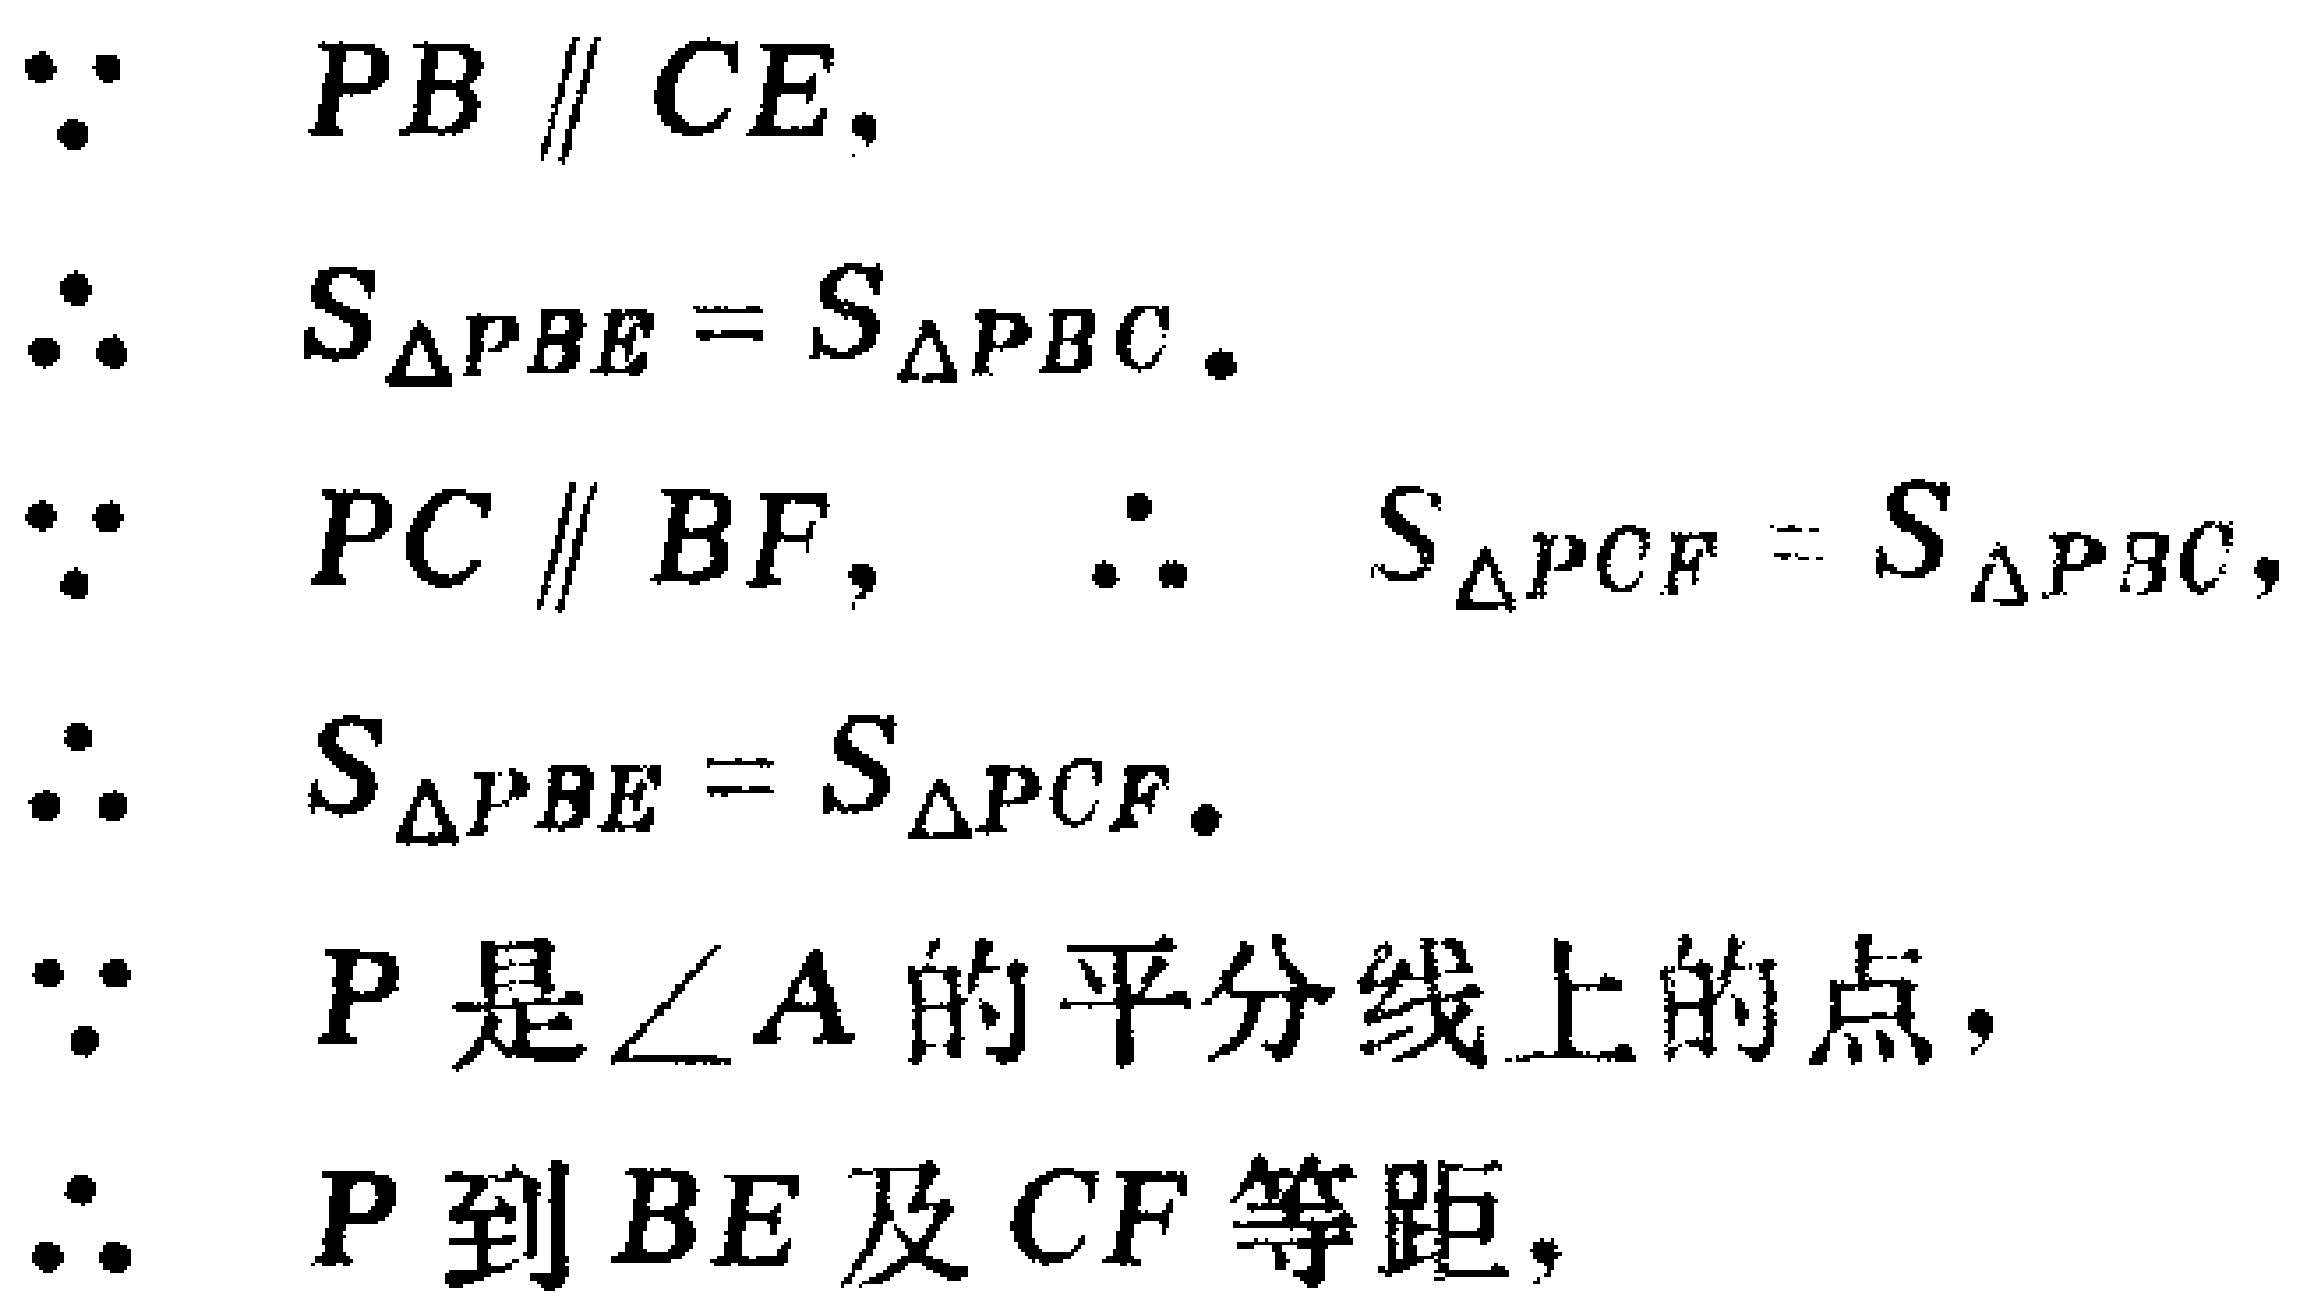
\begin{align*}

&\because PB\parallel CE,\\

&\therefore S_{\triangle PBE}=S_{\triangle PBC}.\\

&\because PC\parallel BF, \therefore S_{\triangle PCF}=S_{\triangle PBC},\\

&\therefore S_{\triangle PBE}=S_{\triangle PCF}.\\

&\because P\text{ 是 }\angle A\text{ 的平分线上的点},\\

&\therefore P\text{ 到 }BE\text{ 及 }CF\text{ 等距},

\end{align*}